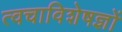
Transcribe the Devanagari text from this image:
त्वचाविशेषज्ञों